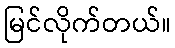
မြင်လိုက်တယ်။